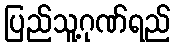
ပြည်သူ့ဂုဏ်ရည်